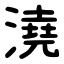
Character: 澆